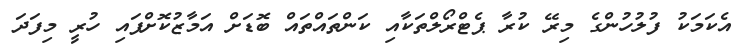
އެކަމަކު ފުލުހުންގެ މިރޭ ކުރާ ޕެޓްރޯލްތަކާއި ކަންތައްތައް ބޮޑަށް އަމާޒުކޮށްފައި ހުރީ މިފަދަ